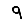
Digit: 9